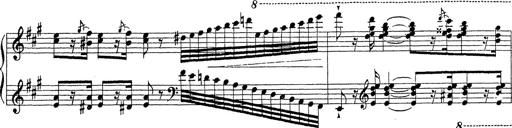
Title: Ballade No.1
Composer: Richard St. Clair